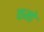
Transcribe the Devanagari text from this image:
कमो